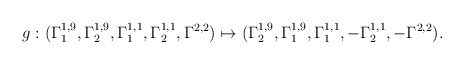
\begin{align*}g:(\Gamma_1^{1,9},\Gamma_2^{1,9},\Gamma_1^{1,1},\Gamma_2^{1,1},\Gamma^{2,2})\mapsto (\Gamma_2^{1,9},\Gamma_1^{1,9},\Gamma_1^{1,1},-\Gamma_2^{1,1},-\Gamma^{2,2}). \end{align*}